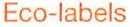
Eco-labels